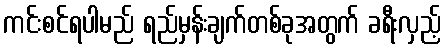
ကင်းစင်ရပါမည် ရည်မှန်းချက်တစ်ခုအတွက် ခရီးလှည့်